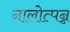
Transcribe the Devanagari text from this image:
नालोत्पन्न